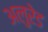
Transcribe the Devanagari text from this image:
अलुरेड